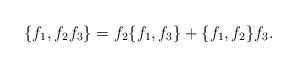
LaTeX: \begin{align*} \{f_1, f_2f_3\} = f_2\{f_1,f_3\} + \{f_1,f_2\}f_3.\end{align*}